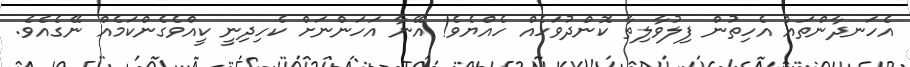
އެހަނދާންތައް އެހިތުން ފިލުވާލިތާ ކޮންދުވަހެއް ހެއްޔެވެ! އޭނާ އަހަންނަށް ކެހިދިނީ ކީއްވެގެންކަމެއް ނޭގެއެވެ.